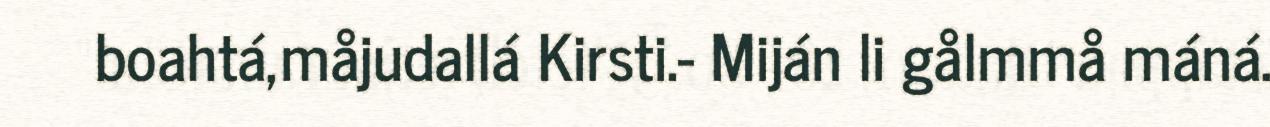
boahtá,måjudallá Kirsti.- Miján li gålmmå máná.